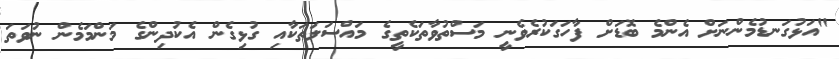
"އަޅުގަނޑުމެންނަށް އެންމެ ބޮޑަށް ފާހަގަކުރެވެނީ މަސްތުވާތަކެތީގެ މައްސަލަތަކާއި ގުޅިގެން އެކުދިންގެ މަންމަމެން ނުވަތަ